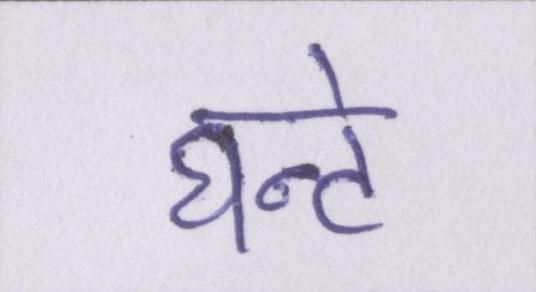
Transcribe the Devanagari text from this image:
घन्टे